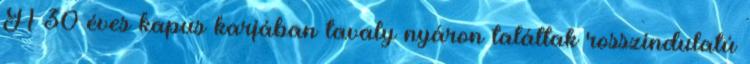
A 30 éves kapus karjában tavaly nyáron találtak rosszindulatú